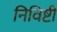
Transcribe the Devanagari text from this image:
निविष्टी